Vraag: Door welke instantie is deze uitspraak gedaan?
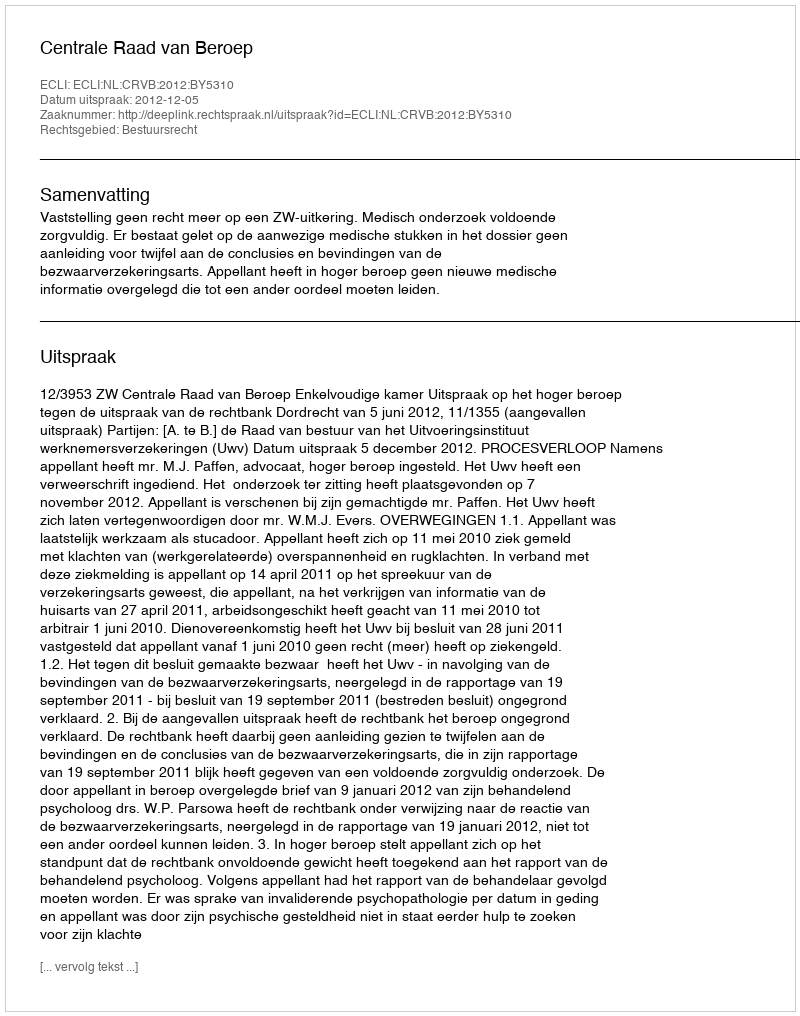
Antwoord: Centrale Raad van Beroep